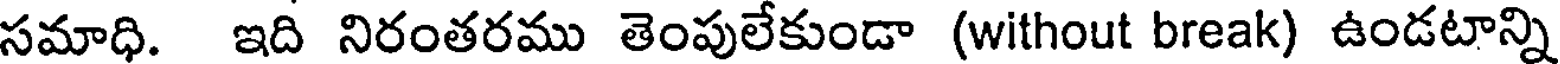
సమాధి. ఇది నిరంతరము తెంపులేకుండా (without break) ఉండటాన్ని